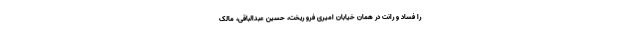
را فساد و رانت در همان خیابان امیری فرو ریخت، حسین عبدالباقی، مالک